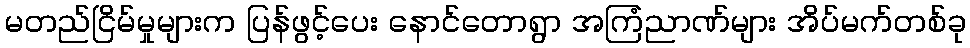
မတည်ငြိမ်မှုများက ပြန်ဖွင့်ပေး နောင်တောရွာ အကြံညာဏ်များ အိပ်မက်တစ်ခု